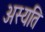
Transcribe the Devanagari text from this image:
अस्यति